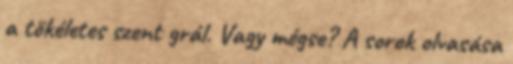
a tökéletes szent grál. Vagy mégse? A sorok olvasása